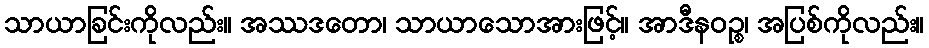
သာယာခြင်းကိုလည်း။ အဿဒတော၊ သာယာသောအားဖြင့်။ အာဒီနဝဉ္စ၊ အပြစ်ကိုလည်း။